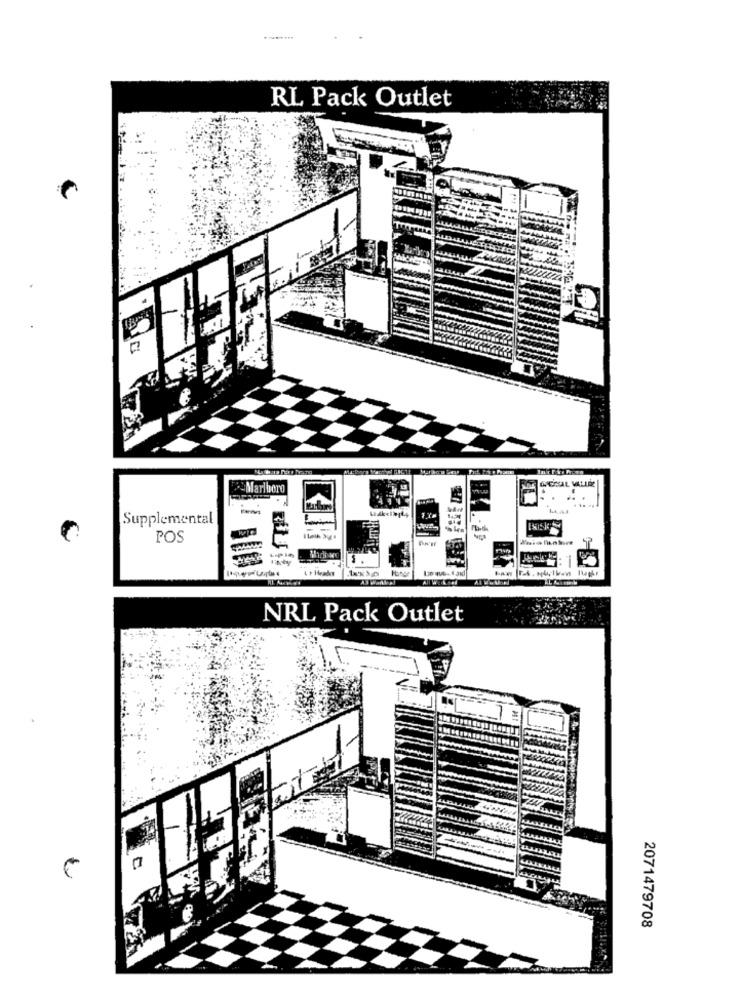
RL Pack Outlet
CEMAL VALLEE
Marlboro
....
Supplemental
POS
$
L + Header
NRL Pack Outlet
2071479708